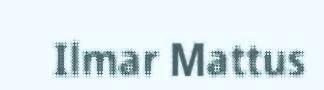
Ilmar Mattus